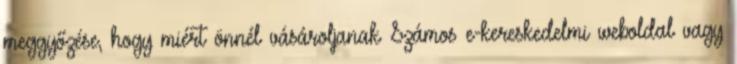
meggyőzése, hogy miért önnél vásároljanak Számos e-kereskedelmi weboldal vagy